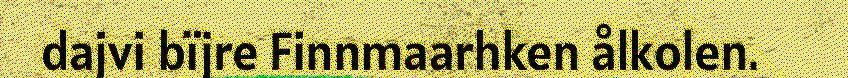
dajvi bïjre Finnmaarhken ålkolen.